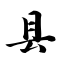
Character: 县